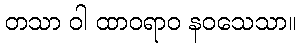
တသာ ဝါ ထာဝရာဝ နဝသေသာ။